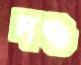
দও